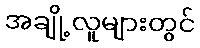
အချို့လူများတွင်